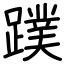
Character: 蹼